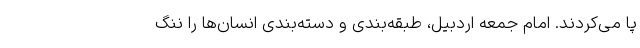
پا می‌کردند. امام جمعه اردبیل، طبقه‌بندی و دسته‌بندی انسان‌ها را ننگ